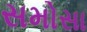
સમોસા